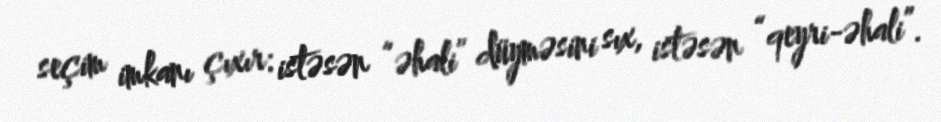
seçim imkanı çıxır: istəsən “əhali” düyməsini sıx, istəsən “qeyri-əhali”.